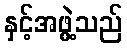
နှင့်အဖွဲ့သည်